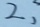
2 ,